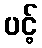
ပင့်